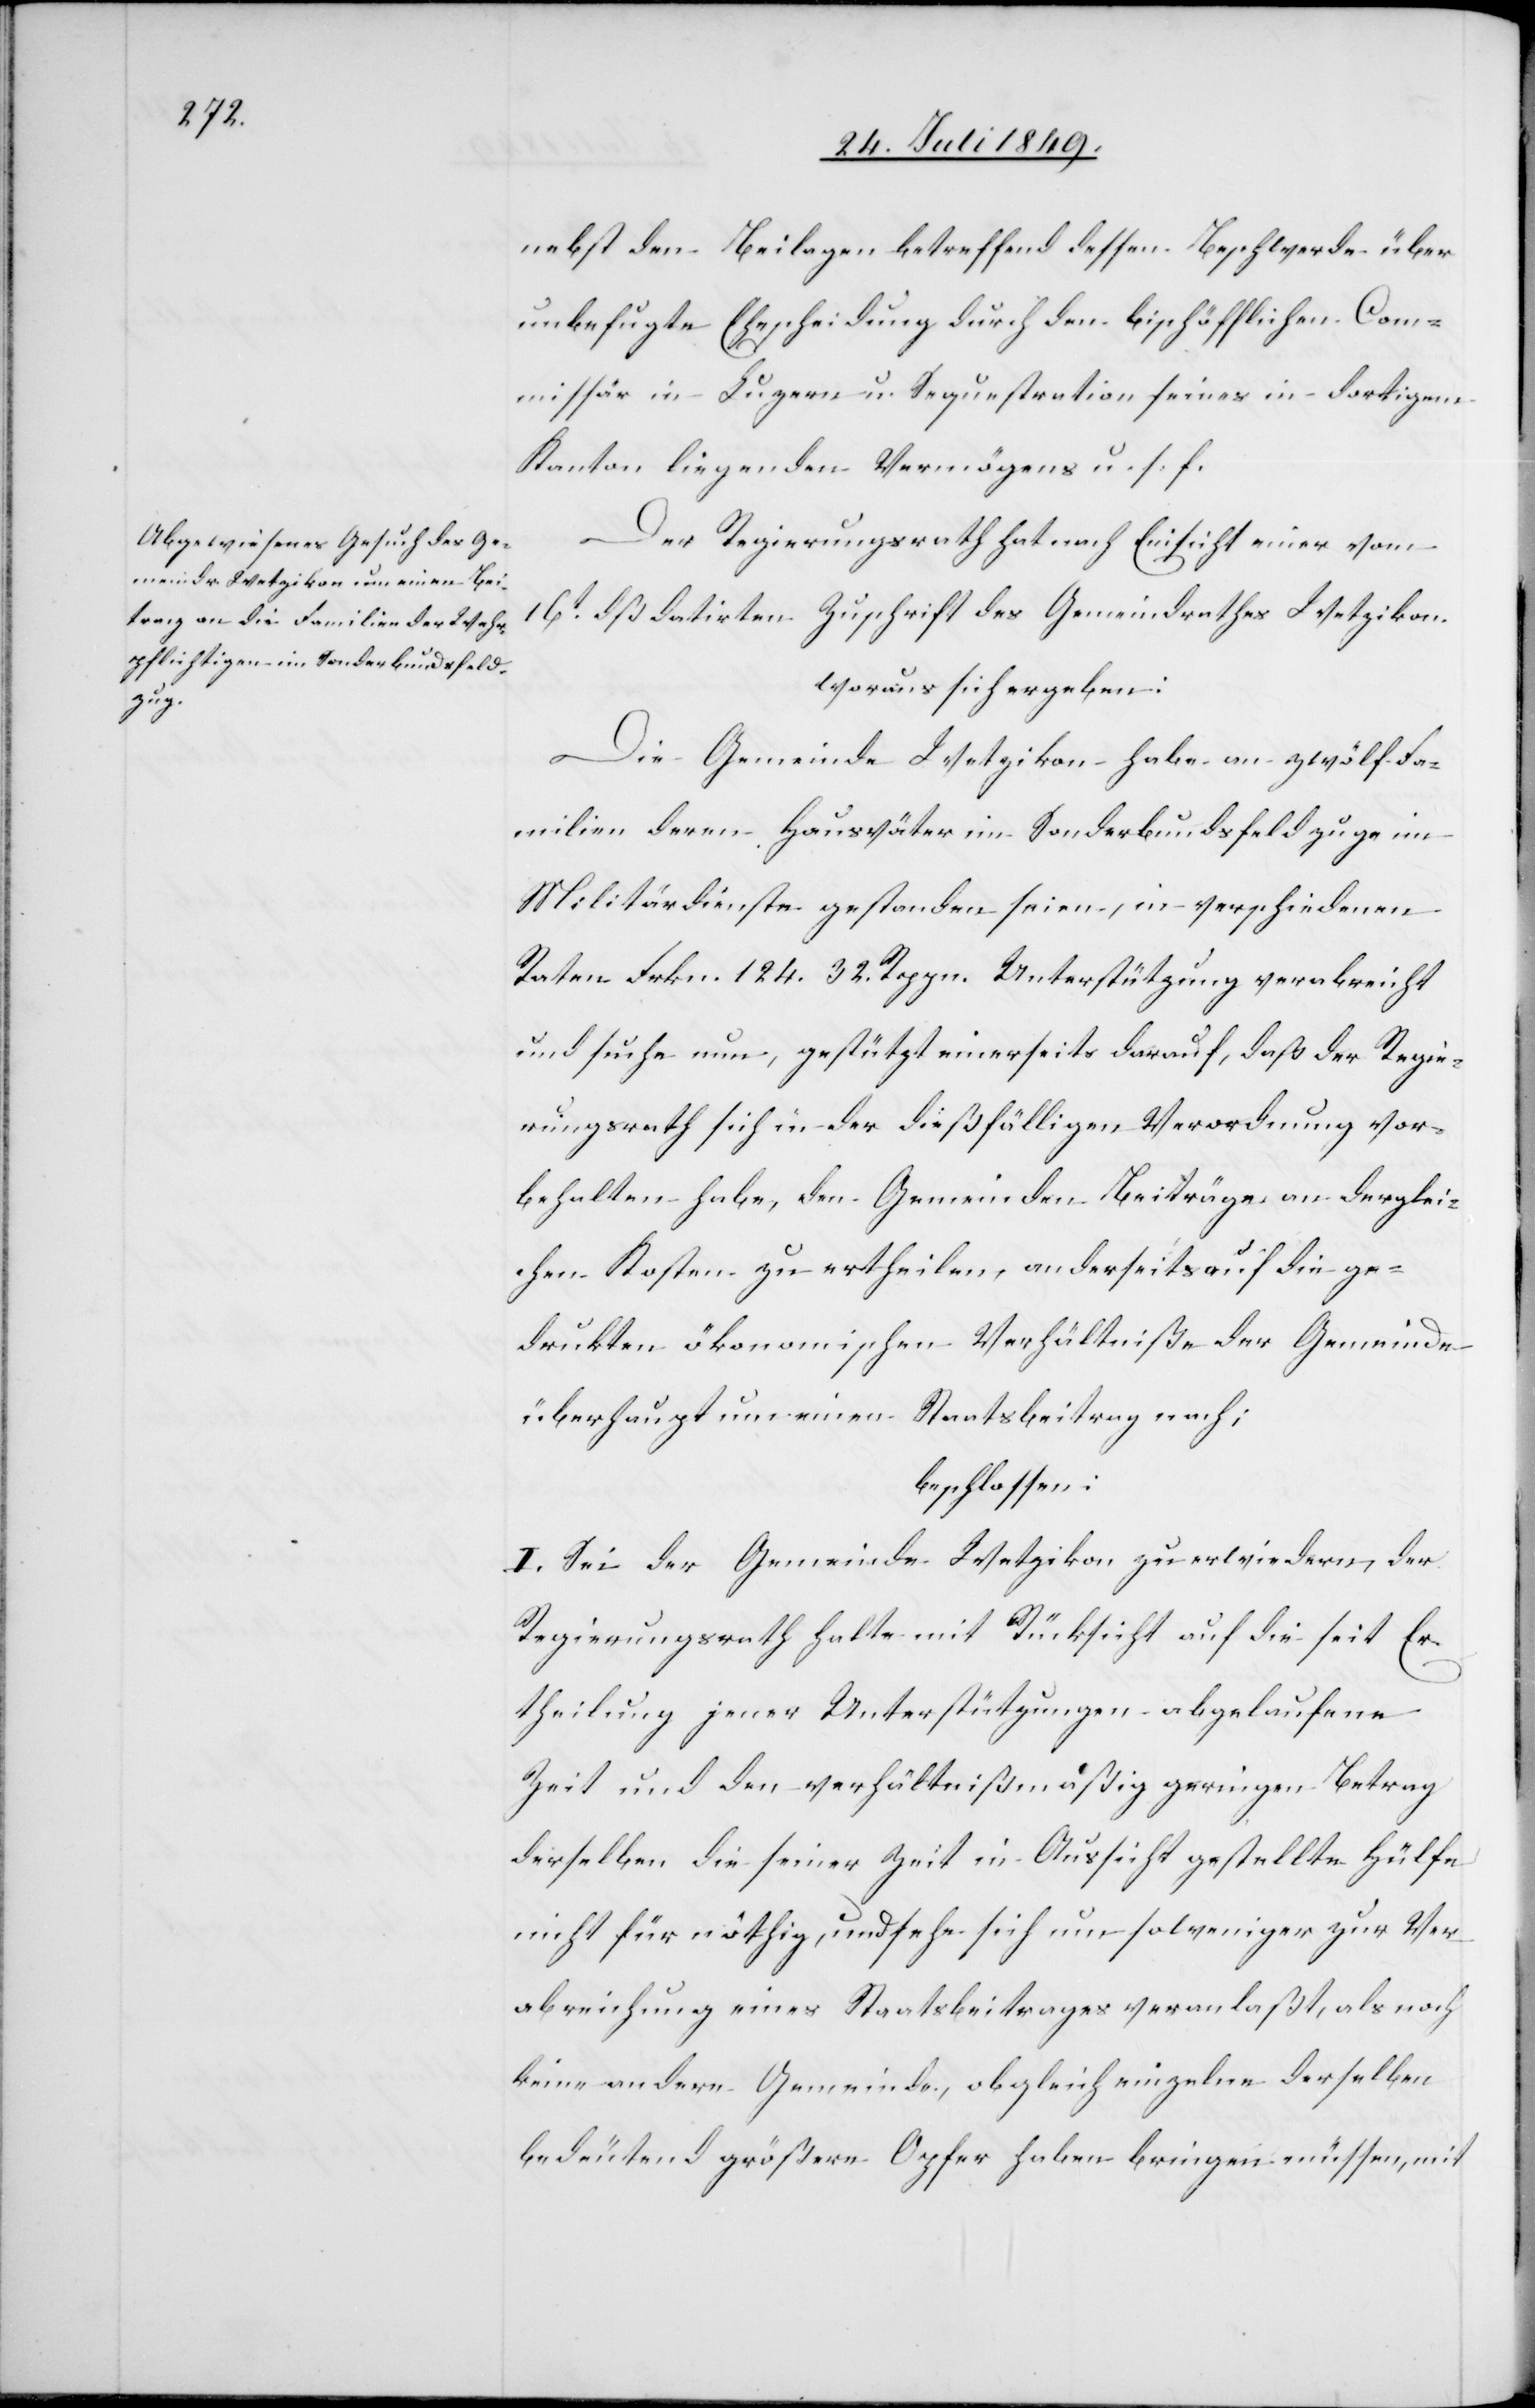
nebst den Beilagen betreffend dessen Beschwerde über
unbefugte Ehescheidung durch den bischöfflichen Com¬
missär in Luzern u. Sequestration seines in dortigen
Kanton liegenden Vermögens u. s. f.
Der Regierungsrath hat nach Einsicht einer vom
16t dß. datirten Zuschrift des Gemeindrathes Wetzikon
woraus sich ergeben:
Die Gemeinde Wetzikon habe an zwölf Fa¬
milien deren Hausväter im Sonderbundsfeldzuge im
Militärdienste gestanden seien, in verschiedenen
Raten Frkn. 124. 32. Rppn. Unterstützung verabreicht
und suche nun, gestützt einerseits darauf, daß der Regie¬
rungsrath sich in der dießfälligen Verordnung vor¬
behalten habe, den Gemeinden Beiträge an derglei¬
chen Kosten zu ertheilen, anderseits auf die ge¬
druckten ökonomischen Verhältniße der Gemeinde
überhaupt um einen Staatsbeitrag nach;
beschlossen:
I. Sei der Gemeinde Wetzikon zu erwiedern, der
Regierungsrath halte mit Rücksicht auf die seit Er¬
theilung jener Unterstützungen abgelaufene
Zeit und den verhältnißmäßig geringen Betrag
derselben die seiner Zeit in Aussicht gestellte Hülfe
nicht für nöthig, und sehe sich um so weniger zur Ver¬
abreichung eines Staatsbeitrages veranlaßt, als noch
keine andere Gemeinde, obgleich einzelne derselben
bedeutend größere Opfer haben bringen müssen, mit